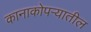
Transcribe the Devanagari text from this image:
कानाकोपर्‍यातील